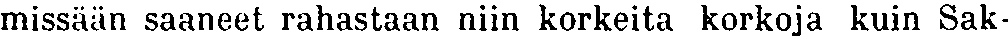
missään saaneet rahastaan niin korkeita korkoja kuin Sak-